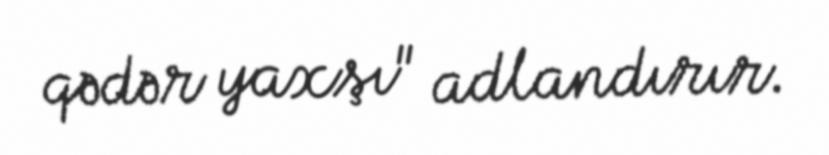
qədər yaxşı" adlandırır.